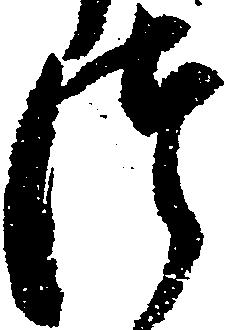
つ